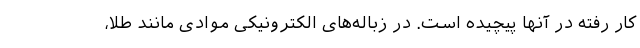
کار رفته در آنها پیچیده است. در زباله‌های الکترونیکی موادی مانند طلا،